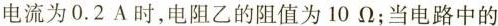
电流为0.2A时，电阻乙的阻值为10\Omega；当电路中的